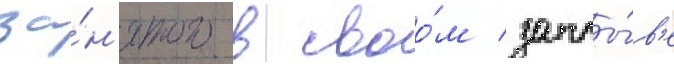
за́н'ятого в своо́м заплы́в'е